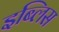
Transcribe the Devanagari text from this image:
इब्लिस